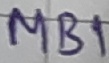
Text: MB1